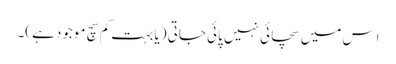
اِس میں سچائی نہیں پائی جاتی (یا بہت کم سچ موجود ہے)۔